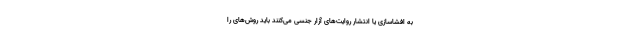
به افشاسازی یا انتشار روایت‌های آزار جنسی می‌کنند باید روش‌های را